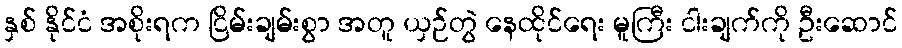
နှစ် နိုင်ငံ အစိုးရက ငြိမ်းချမ်းစွာ အတူ ယှဉ်တွဲ နေထိုင်ရေး မူကြီး ငါးချက်ကို ဦးဆောင်